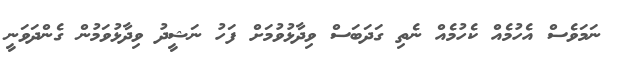
ނަމަވެސް އެހުމެއް ކެހުމެއް ނެތި ގަދަބަސް ވިދާޅުވުމަށް ފަހު ނަޝީދު ވިދާޅުވަމުން ގެންދަވަނީ